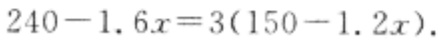
$240 - 1.6x = 3(150 - 1.2x)$